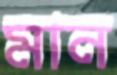
মান